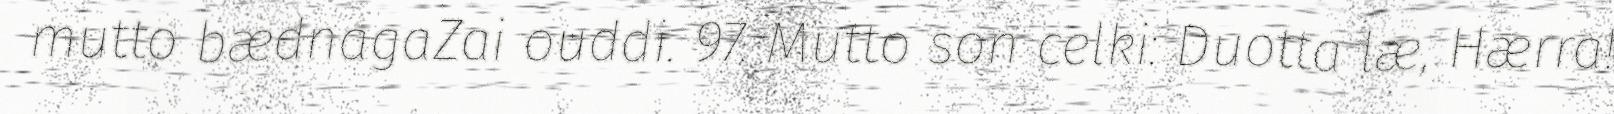
mutto bædnagaZai ouddi. 97. Mutto son celki: Duotta læ, Hærra!